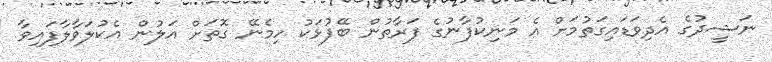
ނަޝީދުގެ އެދިވަޑައިގަތުމަށް އެ މަނިކުފާނުގެ ފަރާތުން ބޭފުޅަކު ހިމެނޭ ގޮތަށް އަލުން އެކުލަވާލާފައިވާ